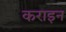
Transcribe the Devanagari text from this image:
कराइन